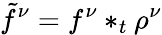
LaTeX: \tilde{f}^{\nu}=f^{\nu}*_{t}\rho^{\nu}